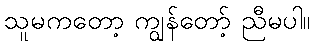
သူမကတော့ ကျွန်တော့် ညီမပါ။